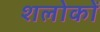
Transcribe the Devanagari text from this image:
शलोकों